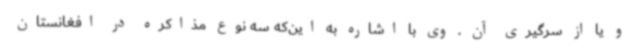
و یا از سرگیری آن . وی با اشاره به این‌که سه نوع مذاکره در افغانستان